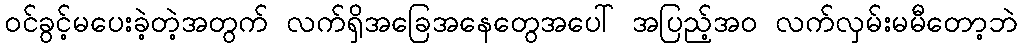
ဝင်ခွင့်မပေးခဲ့တဲ့အတွက် လက်ရှိအခြေအနေတွေအပေါ် အပြည့်အဝ လက်လှမ်းမမီတော့ဘဲ